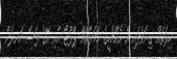
ހިލަތައް ގިނަވެފައި އެ އެއްޗެހީގެ ހަމަލާތައް ޕްލޫޓޯ އާއި އޭގެ ފަސް ހަނދަށް